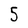
Character: 5